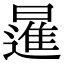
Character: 暹